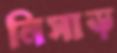
নিসাড়